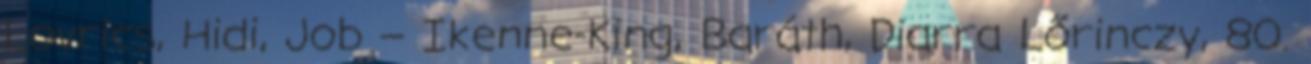
Lovrics, Hidi, Job – Ikenne-King, Baráth, Diarra Lőrinczy, 80.